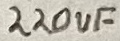
Text: 220uF